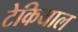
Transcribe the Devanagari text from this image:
टेकियाल